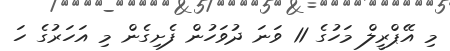
މި އޭޕްރީލް މަހުގެ 11 ވަނަ ދުވަހުން ފެށިގެން މި އަހަރުގެ ހަ